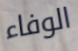
الوفاء